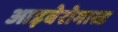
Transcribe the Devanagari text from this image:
आइबेरोगास्ट